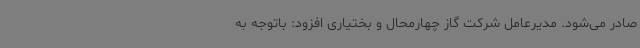
صادر می‌شود. مدیرعامل شرکت گاز چهارمحال و بختیاری افزود: باتوجه به